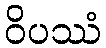
ဝိပဿံ